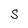
Character: S